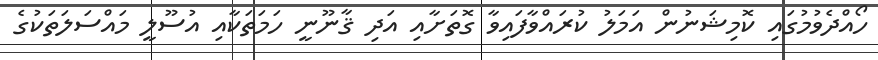
ހޯއްދެވުމުގައި ކޮމިޝަނުން އަމަލު ކުރައްވާފައިވާ ގޮތަށާއި އަދި ޤާނޫނީ ހަމަތަކާއި އުސޫލީ މައްސަލަތަކުގެ